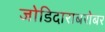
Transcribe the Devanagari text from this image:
जोडिदाराबरोबर